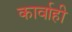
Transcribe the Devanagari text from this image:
कार्वाही